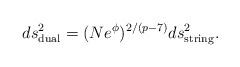
\begin{align*}ds^2_{\rm dual} =(Ne^{\phi})^{2/(p-7)}ds^2_{\rm string}.\end{align*}